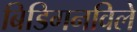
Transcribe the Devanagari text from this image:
बिडिगनविले